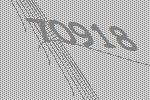
70918